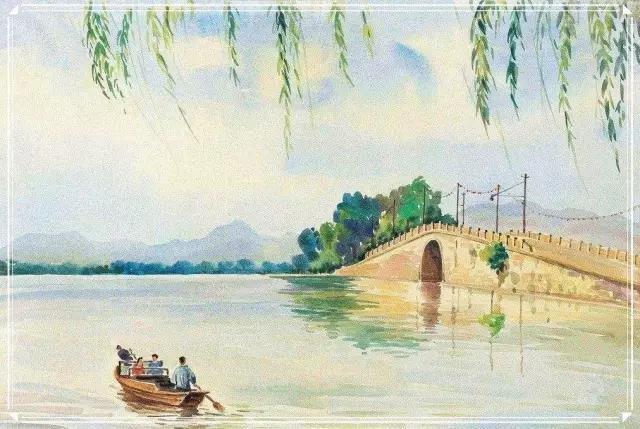
欲把西湖比西子，淡妆浓抹总相宜。